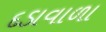
દડાવાળા